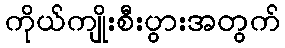
ကိုယ်ကျိုးစီးပွားအတွက်